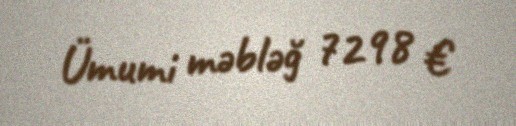
Ümumi məbləğ 7298 €